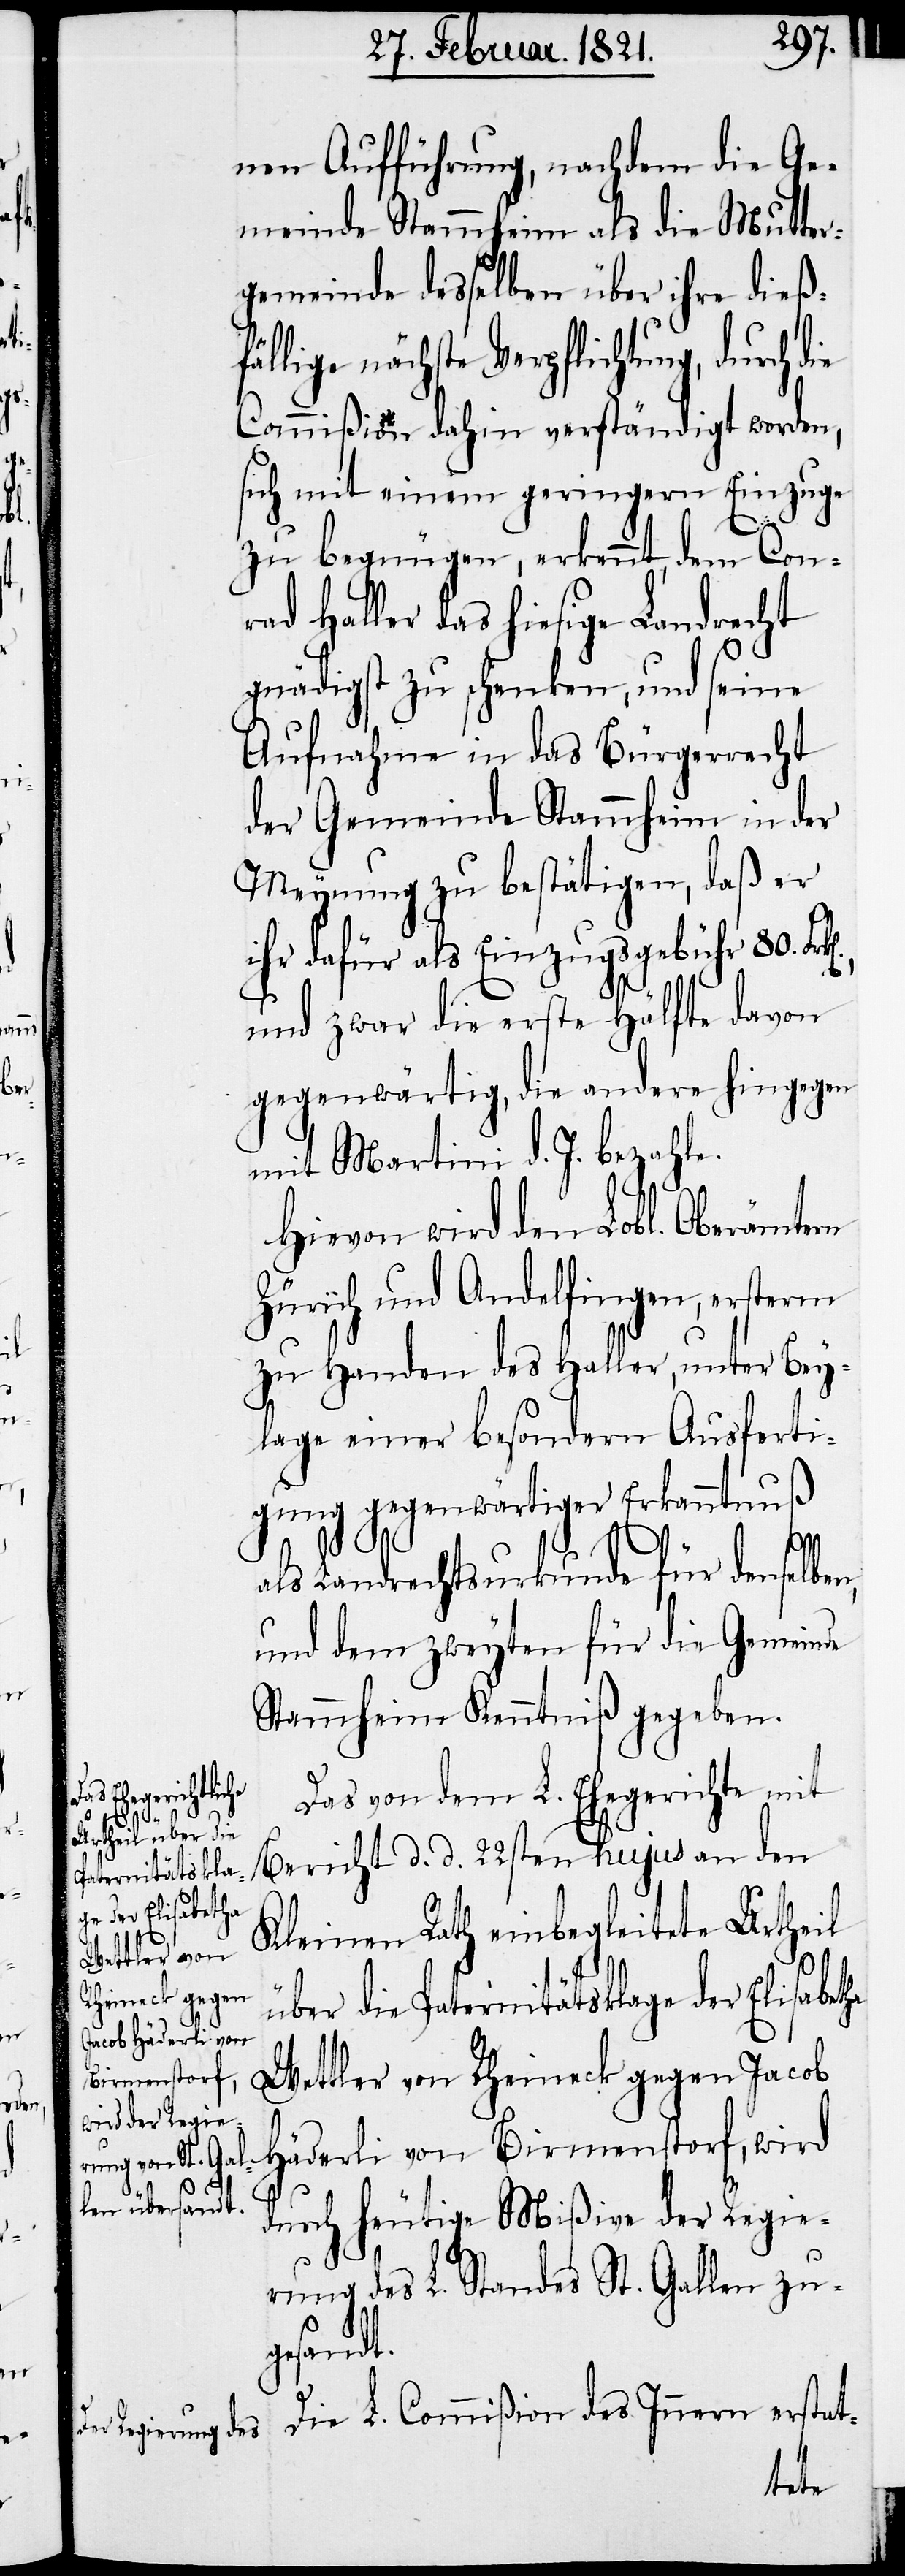
ie
en,

nen Aufführung, nachdem die Ge¬
meinde Stammheim als die Mutter¬
gemeinde desselben über ihre dieß¬
lige nächste Verpflichtung, durch d¬
Commißion dahin verständigt worden,
sich mit einem geringern Einzug
zu begnügen, erkennt, dem Con¬
rad Haller das hiesige Landrecht
gnädigst zu schenken, und seine
Aufnahme in das Bürgerrecht
der Gemeinde Stammheim in der
Meynung zu bestätigen, daß er
ihr dafür als Einzugsgebühr 80.
und zwar die erste Hälfte davon
gegenwärtig, die andere hingegen
mit Martini d. J. bezahle.
Hievon wir den Lobl. Oberämtern
Zürich und Andelfingen, ersterm
zu Handen des Haller, unter Bey¬
lage einer besondern Ausferti¬
gung gegenwärtiger Erkanntnuß
als Landrechtsurkunde für denselb¬
und dem zweyten für die Gemeinde
Stammheim Kenntniß gegeben.
Das von dem L. Ehegericht mit
Bericht d. d. 22sten hujus an den
Kleinen Rath einbegleitete Urtheil
über die Paternitätsklage der Elisabetha
Wettler von Rheineck gegen Jacob
Häderli von Birmensdorf, wird
Innern er¬
durch heutige Mißive der Regie¬
rung des L. Standes St. Gallen zu¬
gesandt.
stat-